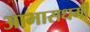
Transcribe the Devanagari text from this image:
आभासधर्मी